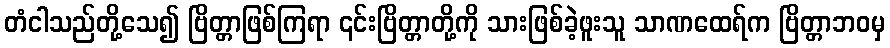
တံငါသည်တို့သေ၍ ဗြိတ္တာဖြစ်ကြရာ ၎င်းဗြိတ္တာတို့ကို သားဖြစ်ခဲ့ဖူးသူ သာဏထေရ်က ဗြိတ္တာဘဝမှ